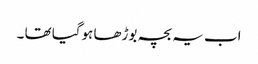
اب یہ بچہ بوڑھا ہوگیا تھا ۔